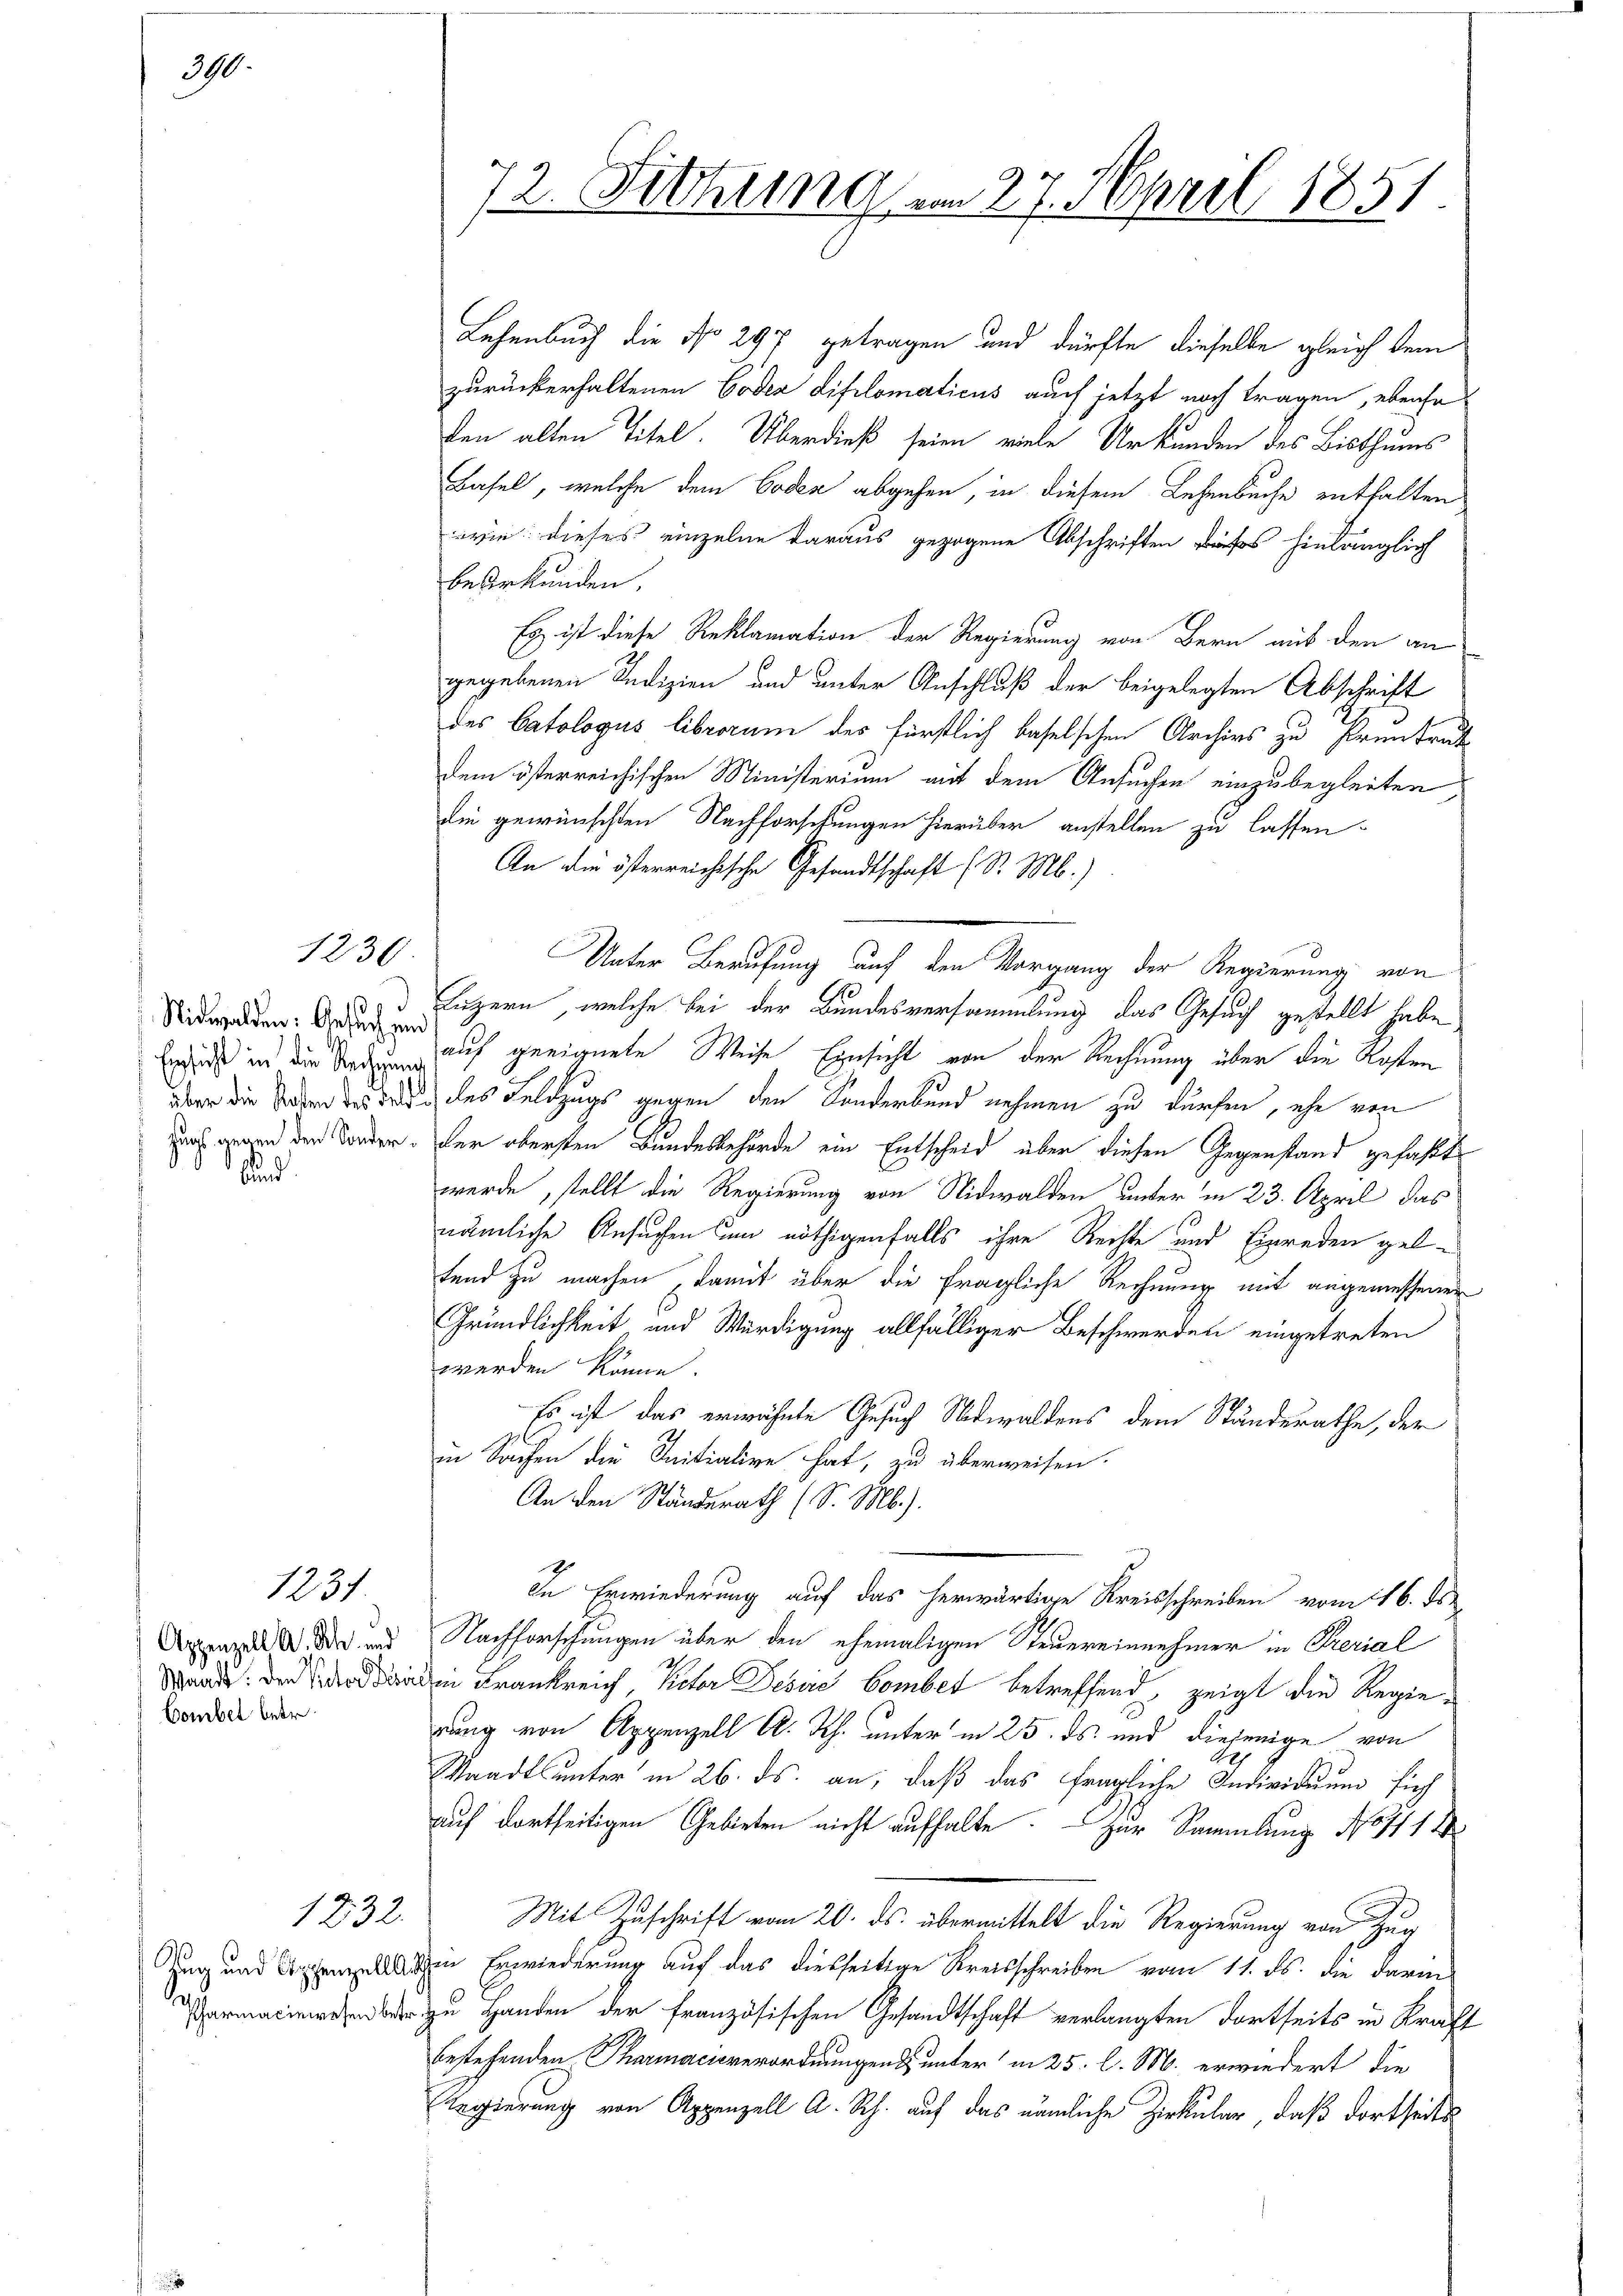
390.

1230

Nidwalden: Gesuch und
bund

Combet betr.

1231

1232.

21

Lehenbuch die No 297 getragen und dürfte dieselbe gleich dem
zurückerhaltenen Codex Lifilomaticus auch jetzt noch tragen, ebenso
fen alten Titel. Überdieß seien viele Urkunden des Bisthums
Basel, welche dem Boden abgehen, in diesem Lehenbuche enthalten
evin: dieses einzelne daraus gezogene Abschriften dass hinlänglich
beurkunden.
Es ist diese Reklamation der Regierung von Bern aus den an
gegebenen Redizien und unter Anschluß der beigelegten Abschrift
des Catologus librorum des fürstlich baselschen Archivs zu Pruntruth
dem österreichischen Ministerium mit dem Ansuchen einzubegleiten
die gewünschten Nachforschungen hierüber anstellen zu lassen.
An die österreichische Gesandtschaft (S. M.)
Unter Berufung auf den Vorgang der Regierung von
d Luzern, welche bei der Bundesversammlung das Gesuch gestellt habe
Ende in die See auf geeignete Weise Einsicht von der Rechnung über die Kosten
r die oder des de des Feldzugs gegen den Sonderbund nehmen zu dürfen, ehe von
 ward der Forden. Der obersten Bundesbehörde ein Entscheid über diesen Gegenstand gefaßt
werde, stellt die Regierung von Nidwalden unter in 23. April das
nämliche Ansuchen um nöthigenfalls ihre Rechte und Einreden gelfend zu machen, damit über die fragliche Rechnung mit angemessenen
Gründlichkeit und Würdigung allfälliger Beschwerden eingetreten
werden könne.
Es ist das erwähnte Gesuch Nidwaldens dem Ständerathe, der
in Sachen die Initiative hat, zu überweisen.
An den Standsrath (S. M.).
9
In Erwiederung auf das herwärtige Kreisschreiben vom 16. ds.
Appenze. Die und Nachforschungen über den ehemaligen Steuereinnehmer in Perial
 den Frankreich, Peter Desere bomber betreffend, zeigt die Regierung von Appenzell A. Rh. unter in 25. ds. und diejenige von
Standts unter in 26. ds. an, daß das fragliche Individuum firch
auf dortseitigen Gebieten nicht aufhalte. Zur Sammlung No 111 4
Mit Zuschrift vom 20. ds. übermittelt die Regierung von Zug
Zug und Erwiederung auf das dießseitige Kreisschreiben vom 11. ds. die darin
 zu Handen der Französischen Gesandtschaft verlangten dortseits in Kraft
bestehenden Tharmacisverordnungen unter in 25 l. M. erwiedert, die
Regierung von Appenzell A. Rh. auf das nämliche Zirkular, daß dortseits

72. Fittung am 27. April 1851.